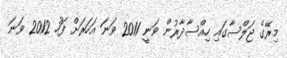
މިރޭގެ ޖަލްސާގައި ހިއްސާދާރުން ވަނީ 2011 ވަނަ އަހަރަށް ފަހު 2012 ވަނަ